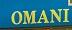
omani